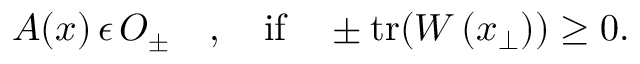
A ( x ) \, \epsilon \, { \cal O } _ { \pm } \quad , \quad \mathrm { i f } \quad \pm \mathrm { t r } ( W \left( x _ { \perp } \right) ) \ge 0 .